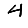
Digit: 4